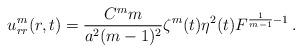
LaTeX: \begin{align*}u^m_{rr}(r, t)=\frac{C^m m}{ a^2(m-1)^2} \zeta^m(t) \eta^2(t) F^{\frac 1{m-1}-1}\,.\end{align*}